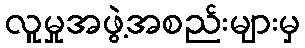
လူမှုအဖွဲ့အစည်းများမှ